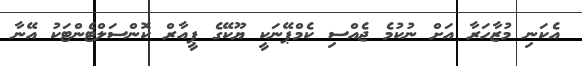
އެކަނި މުޒާހަރާ އަށް ނުކުމެ ޖެއްސި ކެމްޕޭނަކީ ޔޫކޭގެ ޕީއާރް ކޮންސަލްޓެންޓަކު އޭނާ